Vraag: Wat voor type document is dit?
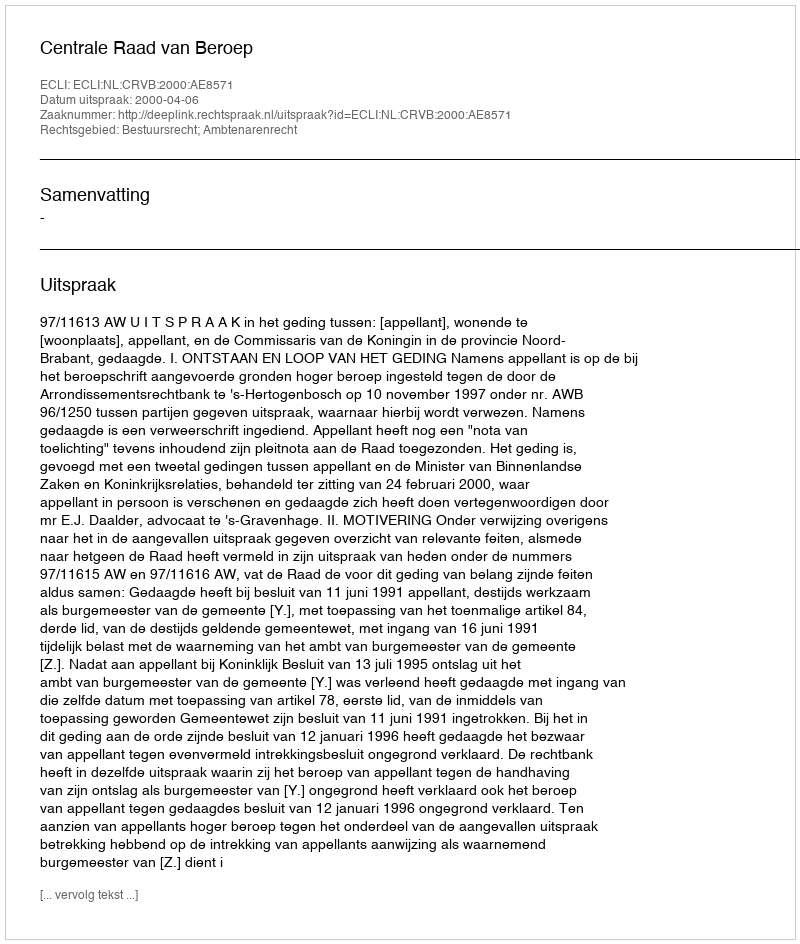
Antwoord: Uitspraak